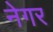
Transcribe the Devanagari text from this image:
नेगर